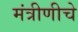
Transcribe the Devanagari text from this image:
मंत्रीणीचे